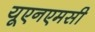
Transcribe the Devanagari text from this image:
यूएनएमसी